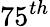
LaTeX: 75^{th}